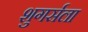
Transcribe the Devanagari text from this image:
शुगर्सला